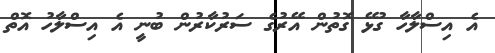
އެ އިސްލާހާ ގުޅޭ ގޮތުން އޭރުގެ ސަރުކާރުން ބުނީ އެ އިސްލާހު އޮތް